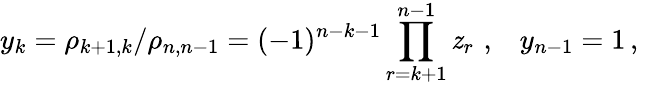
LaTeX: y_{k}=\rho_{k+1,k}/\rho_{n,n-1}=(-1)^{n-k-1}\prod_{r=k+1}^{n-1}\mathit{z}_{r}\, \, ,\, \, \, \, \, y_{n-1}=1\, ,\, \,